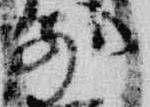
前